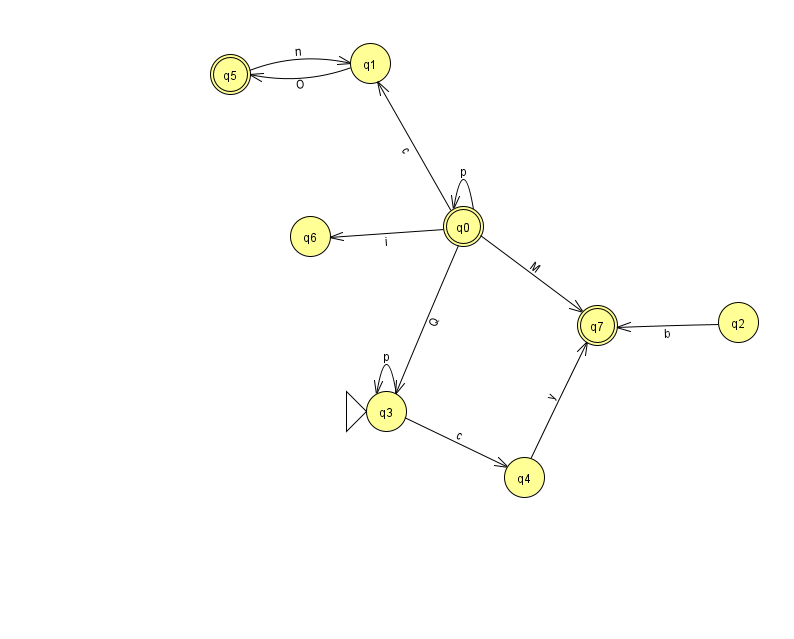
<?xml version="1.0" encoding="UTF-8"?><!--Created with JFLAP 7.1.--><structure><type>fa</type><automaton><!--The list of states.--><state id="0" name="q0"><x>463.0</x><y>213.0</y><final/></state><state id="1" name="q1"><x>370.0</x><y>50.0</y></state><state id="2" name="q2"><x>738.0</x><y>309.0</y></state><state id="3" name="q3"><x>386.0</x><y>398.0</y><initial/></state><state id="4" name="q4"><x>524.0</x><y>464.0</y></state><state id="5" name="q5"><x>230.0</x><y>61.0</y><final/></state><state id="6" name="q6"><x>310.0</x><y>223.0</y></state><state id="7" name="q7"><x>597.0</x><y>312.0</y><final/></state><!--The list of transitions.--><transition><from>0</from><to>0</to><read>p</read></transition><transition><from>3</from><to>3</to><read>p</read></transition><transition><from>4</from><to>7</to><read>y</read></transition><transition><from>0</from><to>1</to><read>c</read></transition><transition><from>3</from><to>4</to><read>c</read></transition><transition><from>0</from><to>3</to><read>Q</read></transition><transition><from>0</from><to>6</to><read>i</read></transition><transition><from>0</from><to>7</to><read>M</read></transition><transition><from>5</from><to>1</to><read>n</read></transition><transition><from>1</from><to>5</to><read>O</read></transition><transition><from>2</from><to>7</to><read>b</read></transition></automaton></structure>